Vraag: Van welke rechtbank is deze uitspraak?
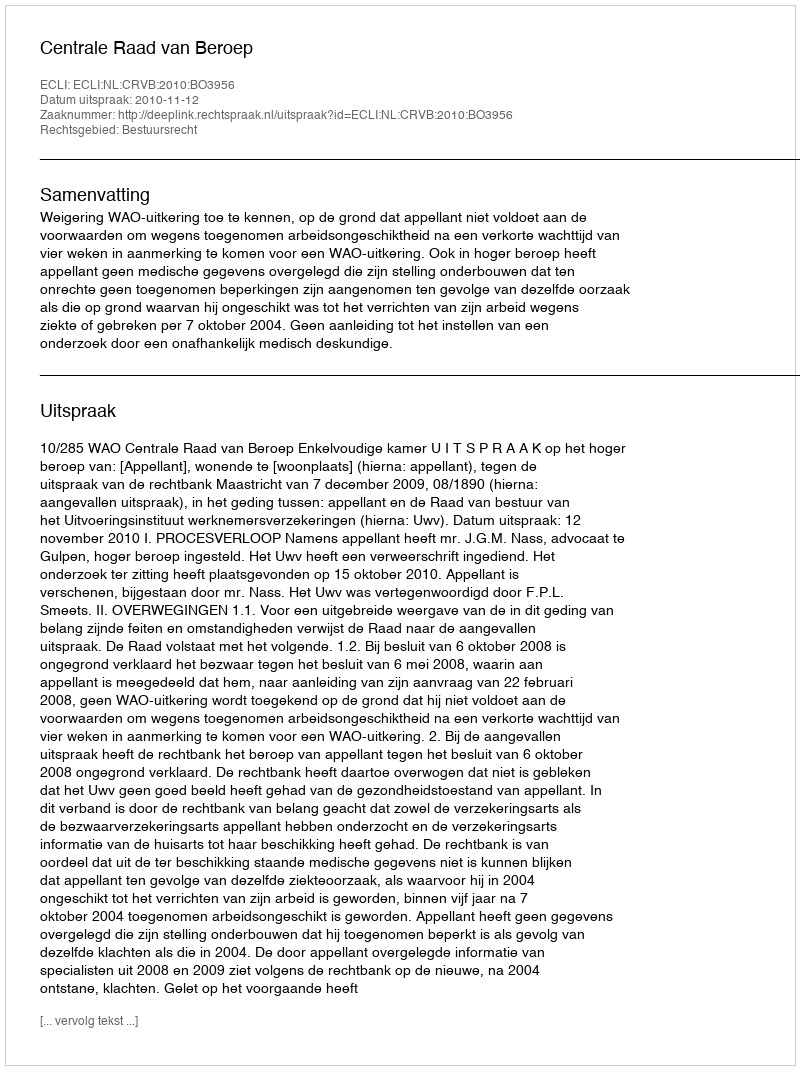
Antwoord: Centrale Raad van Beroep